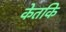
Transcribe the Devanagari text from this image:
केतकि